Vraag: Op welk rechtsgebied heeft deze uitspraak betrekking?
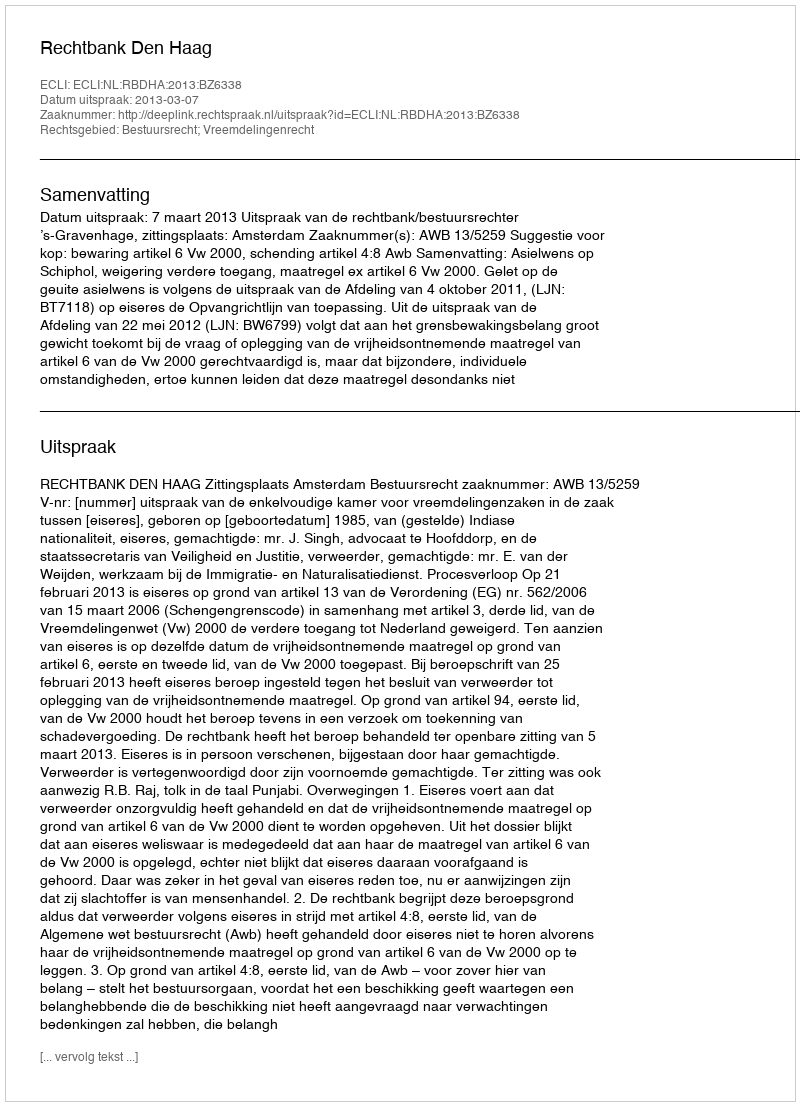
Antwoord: Bestuursrecht; Vreemdelingenrecht